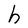
Character: h